Problem: 5 × 4 = ?
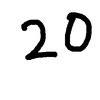
Handwritten answer: 20